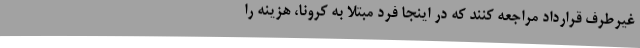
غیرطرف قرارداد مراجعه کنند که در اینجا فرد مبتلا به کرونا، هزینه را